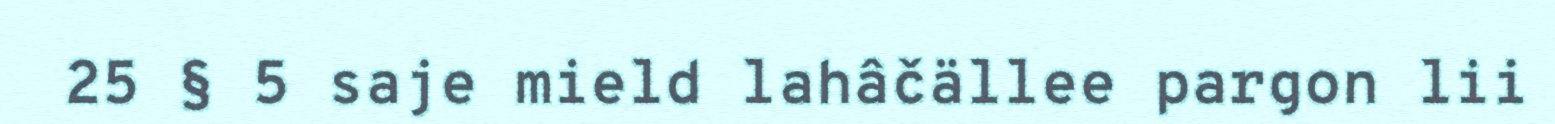
25 § 5 saje mield lahâčällee pargon lii